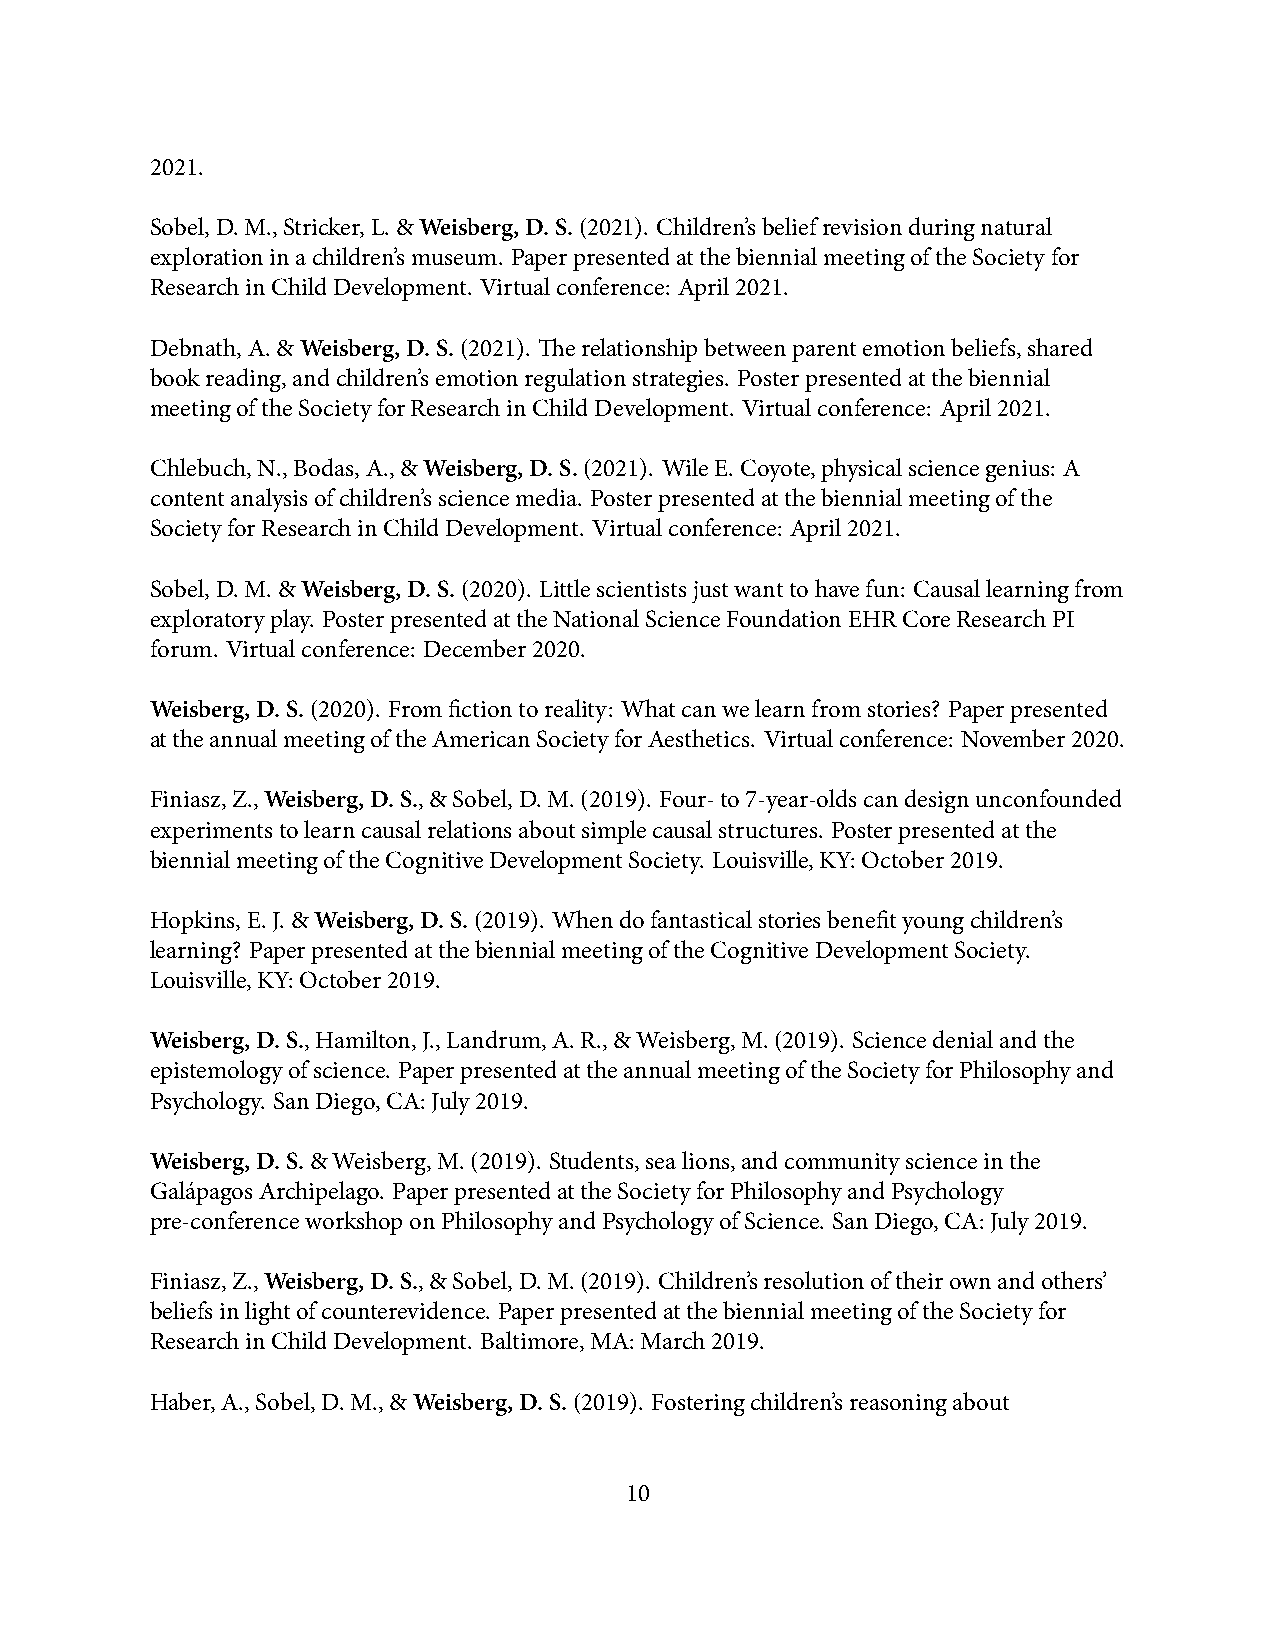
2021.
 Sobel,D.M.,Stricker,L.&Weisberg,D.S.(2021). Children’sbeliefrevisionduringnatural
 explorationinachildren’smuseum. PaperpresentedatthebiennialmeetingoftheSocietyfor
 ResearchinChildDevelopment. Virtualconference: April2021.
 Debnath,A.&Weisberg,D.S.(2021). Therelationshipbetweenparentemotionbeliefs,shared
 bookreading,andchildren’semotionregulationstrategies. Posterpresentedatthebiennial
 meetingoftheSocietyforResearchinChildDevelopment. Virtualconference: April2021.
 Chlebuch,N.,Bodas,A.,&Weisberg,D.S.(2021). WileE.Coyote,physicalsciencegenius: A
 contentanalysisofchildren’ssciencemedia. Posterpresentedatthebiennialmeetingofthe
 SocietyforResearchinChildDevelopment. Virtualconference: April2021.
 Sobel,D.M.&Weisberg,D.S.(2020). Littlescientistsjustwanttohavefun: Causallearningfrom
 exploratoryplay. PosterpresentedattheNationalScienceFoundationEHRCoreResearchPI
 forum. Virtualconference: December2020.
 Weisberg,D.S.(2020). Fromfictiontoreality: Whatcanwelearnfromstories? Paperpresented
 attheannualmeetingoftheAmericanSocietyforAesthetics. Virtualconference: November2020.
 Finiasz,Z.,Weisberg,D.S.,&Sobel,D.M.(2019). Four-to7-year-oldscandesignunconfounded
 experimentstolearncausalrelationsaboutsimplecausalstructures. Posterpresentedatthe
 biennialmeetingoftheCognitiveDevelopmentSociety. Louisville,KY:October2019.
 Hopkins,E.J.&Weisberg,D.S.(2019). Whendofantasticalstoriesbenefityoungchildren’s
 learning? PaperpresentedatthebiennialmeetingoftheCognitiveDevelopmentSociety.
 Louisville,KY:October2019.
 Weisberg,D.S.,Hamilton,J.,Landrum,A.R.,&Weisberg,M.(2019). Sciencedenialandthe
 epistemologyofscience. PaperpresentedattheannualmeetingoftheSocietyforPhilosophyand
 Psychology. SanDiego,CA:July2019.
 Weisberg,D.S.&Weisberg,M.(2019). Students,sealions,andcommunityscienceinthe
 GalápagosArchipelago. PaperpresentedattheSocietyforPhilosophyandPsychology
 pre-conferenceworkshoponPhilosophyandPsychologyofScience. SanDiego,CA:July2019.
 Finiasz,Z.,Weisberg,D.S.,&Sobel,D.M.(2019). Children’sresolutionoftheirownandothers’
 beliefsinlightofcounterevidence. PaperpresentedatthebiennialmeetingoftheSocietyfor
 ResearchinChildDevelopment. Baltimore,MA:March2019.
 Haber,A.,Sobel,D.M.,&Weisberg,D.S.(2019). Fosteringchildren’sreasoningabout
 10